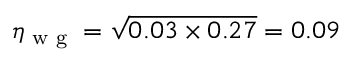
\eta _ { \textrm { w g } } = \sqrt { 0 . 0 3 \times 0 . 2 7 } = 0 . 0 9